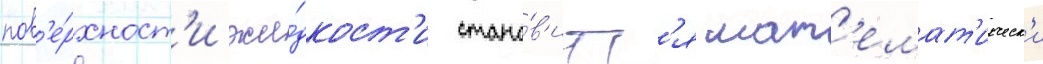
пов'е́рхност'и жи́дкост'и стано́в'итс'я мат'емат'ическ'и